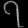
Digit: ၇